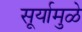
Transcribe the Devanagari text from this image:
सूर्यामुळे